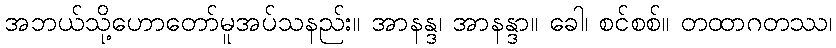
အဘယ်သို့ဟောတော်မူအပ်သနည်း။ အာနန္ဒ၊ အာနန္ဒာ။ ခေါ၊ စင်စစ်။ တထာဂတဿ၊